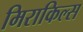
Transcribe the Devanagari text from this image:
मिराकिल्स